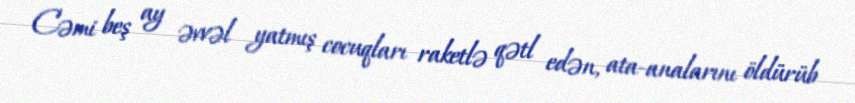
Cəmi beş ay əvvəl yatmış cocuqları raketlə qətl edən, ata-analarını öldürüb